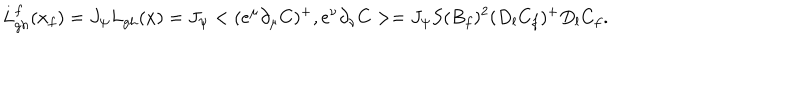
L _ { g h } ^ { f } ( x _ { f } ) = J _ { \psi } L _ { g h } ( x ) = J _ { \psi } < ( e ^ { \mu } \partial _ { \mu } C ) ^ { + } , e ^ { \nu } \partial _ { \nu } C > = J _ { \psi } S ( B _ { f } ) ^ { 2 } ( D _ { l } C _ { f } ) ^ { + } D _ { l } C _ { f } .